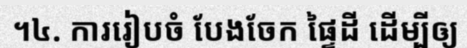
។៤. ការរៀបចំ បែងចែក ផ្ទៃដី ដើម្បីឲ្យ